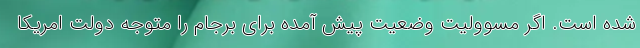
شده است. اگر مسوولیت وضعیت پیش آمده برای برجام را متوجه دولت امریکا